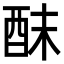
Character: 𮠢